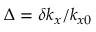
\Delta = \delta k _ { x } / k _ { x 0 }